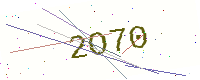
Text: 2O70